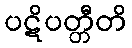
ပဋိပတ္တီတိ